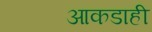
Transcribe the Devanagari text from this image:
आकडाही